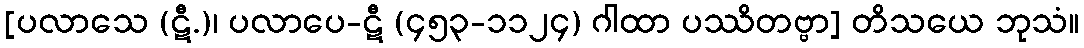
[ပလာသေ (ဋီ.)၊ ပလာပေ-ဋီ (၄၅၃-၁၁၂၄) ဂါထာ ပဿိတဗ္ဗာ] တိသယေ ဘုသံ။